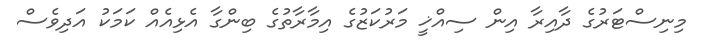
މިނިސްޓަރުގެ ދާއިރާ އިން ސިއްޚީ މަރުކަޒުގެ އިމާރާތުގެ ބިންގާ އެޅިއެއް ކަމަކު އަދިވެސް